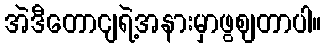
အဲဒီတောငျရဲ့အနားမှာဖွဈတာပါ။